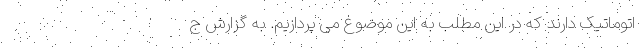
اتوماتیک دارند که در این مطلب به این موضوع می پردازیم. به گزارش ج